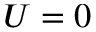
U = 0